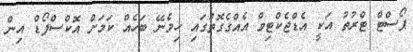
ޕޯސްޓް ޓްރުތު އަކީ އެޑްޖެކްޓިވް އެއްގެގޮތުގައި ހިމެނޭ ބަހެއް ކަމަށް އޮކްސްފޯޑް އިން